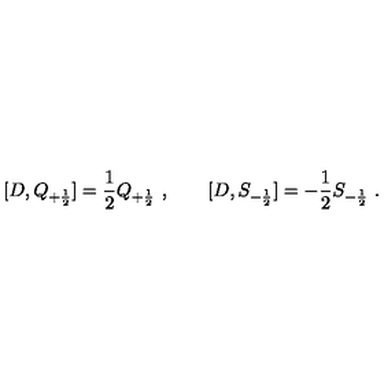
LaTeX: [ D , Q _ { + { \frac { 1 } { 2 } } } ] = { \frac { 1 } { 2 } } Q _ { + { \frac { 1 } { 2 } } } \ , \qquad [ D , S _ { - { \frac { 1 } { 2 } } } ] = - { \frac { 1 } { 2 } } S _ { - { \frac { 1 } { 2 } } } \ .